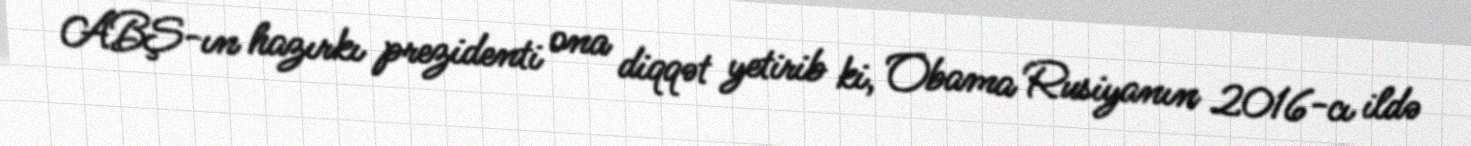
ABŞ-ın hazırkı prezidenti ona diqqət yetirib ki, Obama Rusiyanın 2016-cı ildə